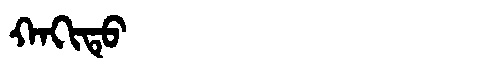
Manchu: ᡴᠠᡴᡳᡨᡠ
Romanization: KAKITU